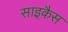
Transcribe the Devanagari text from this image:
साइकैस